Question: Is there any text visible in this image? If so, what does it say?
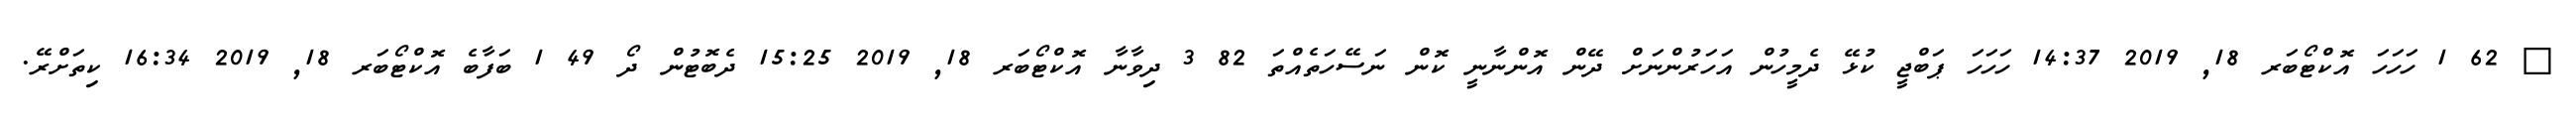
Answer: ? 62 1 ހަހަހަ އޮކްޓޯބަރ 18, 2019 14:37 ހަހަހަ ޕަބްޖީ ކުޅޭ ދެމީހުން އަހަރުންނަށް ދޭން އޮންނާނީ ކޮން ނަސޭހަތެއްތަ 82 3 ދިވާނާ އޮކްޓޯބަރ 18, 2019 15:25 ދެބޮޓުން ދޯ 49 1 ބަފާބެ އޮކްޓޯބަރ 18, 2019 16:34 ކިތަށްރޭ.